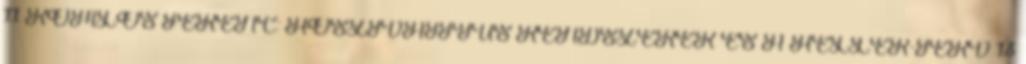
11 KOMLÓS FERENC: HŐSZIVATTYÚS RENDSZEREK ÉS A HELLER-TERV 13